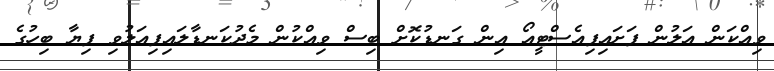
ވިއްކަން އަލުން ފަށައިފިއެސްޓީއޯ އިން ގަނޑުކޮށް ބިސް ވިއްކުން މެދުކަނޑާލައިފިއަލުވި ފިޔާ ބިހުގެ